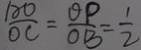
\frac { D O } { O C } = \frac { O P } { O B } = \frac { 1 } { 2 }